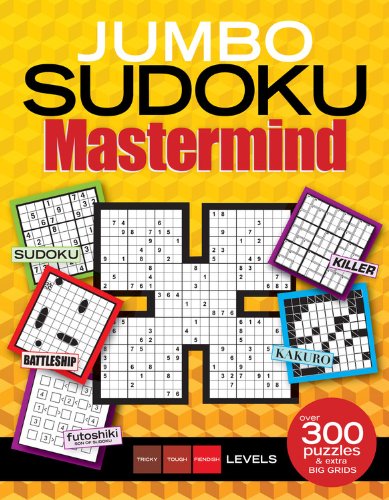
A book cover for Jumbo Sudoku Mastermind; Jumbo; Humor & Entertainment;